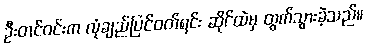
ဦးတင်ဝင်းက လုံချည်ပြင်ဝတ်ရင်း ဆိုင်ထဲမှ ထွက်သွားခဲ့သည်။